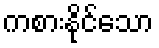
ကစားနိုင်သော